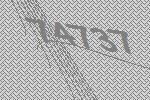
74737